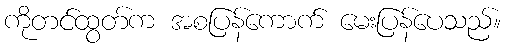
ကိုတင်ထွတ်က အစပြန်ကောက် မေးပြန်ပေသည်။